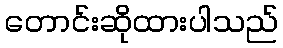
တောင်းဆိုထားပါသည်